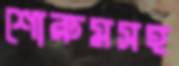
শোরুমসহ